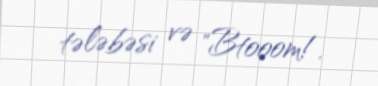
tələbəsi və "Btooom!.